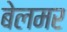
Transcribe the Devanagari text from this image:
बेलमर